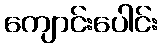
ကျောင်းပေါင်း